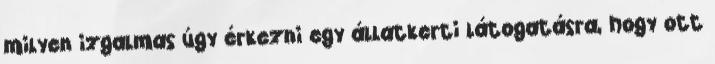
milyen izgalmas úgy érkezni egy állatkerti látogatásra, hogy ott